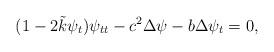
LaTeX: \begin{align*}(1-2\tilde{k}\psi_t)\psi_{tt} -c^2 \Delta \psi - b\Delta\psi_t = 0 ,\end{align*}